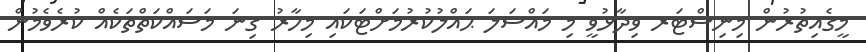
މީގެއިތުރުން މިނިސްޓަރ ވިދާޅުވީ މި މައްސަލަ ޙައްލުކުރުމަށްޓަކައި މިހާރު ގިނަ މަސައްކަތްތަކެއް ކުރެވެމުން